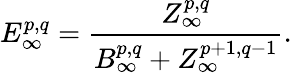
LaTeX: E_{\infty}^{p,q}={\frac{Z_{\infty}^{p,q}}{B_{\infty}^{p,q}+Z_{\infty}^{p+1,q-1}}}.